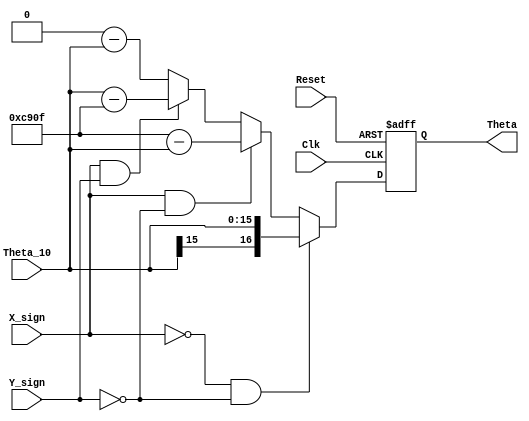
module Output_Unit(
	input Clk, Reset, X_sign, Y_sign, 
	input signed [16-1:0] Theta_10, 
	output reg signed [17-1:0] Theta
);

	always @(posedge Clk or posedge Reset) begin
		if (Reset)
			Theta <= 17'd0;
			
		// First quadrant: theta
		else if ((X_sign == 0) && (Y_sign == 0))
			Theta <= Theta_10;
			
		// Second quadrant: pi - theta
		else if ((X_sign == 1) && (Y_sign == 0))
			Theta <= 17'sd51471 - Theta_10;
		
		// Third quadrant: theta - pi
		else if ((X_sign == 1) && (Y_sign == 1))
			Theta <= Theta_10 - 17'sd51471;
		
		// Fourth quadrant: -theta
		else
			Theta <= 17'sd0 - Theta_10;
	end

endmodule